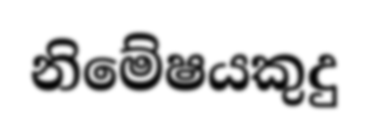
නිමේෂයකුදු